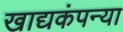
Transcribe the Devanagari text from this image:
खाद्यकंपन्या